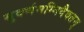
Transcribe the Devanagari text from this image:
सुवर्णमग्निदैवतम्